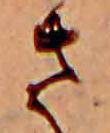
さ